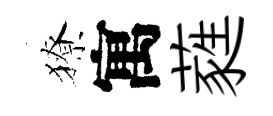
獠寓蕤